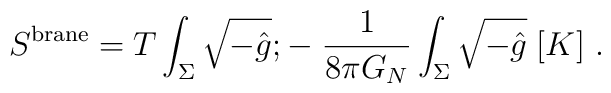
S^{\rm brane} =  T\int_{\Sigma}\sqrt{-\hat g}\\; -\; {1\over 8\pi G_N}\int_{\Sigma} \sqrt{-\hat g}\; [K]  \ .